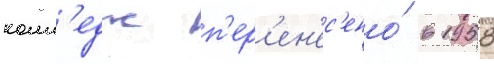
колл'едж п'ер'ен'ес'ено́ в 1958